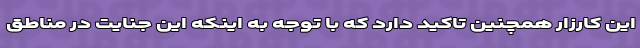
این کارزار همچنین تاکید دارد که با توجه به اینکه این جنایت در مناطق